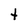
Character: t